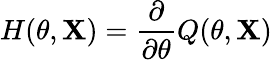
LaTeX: H(\theta,\mathbf{X})={\frac{{\partial}}{{\partial\theta}}}Q(\theta,\mathbf{X})